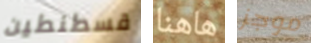
قسطنطين هاهنا موجز